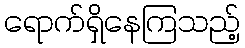
ရောက်ရှိနေကြသည့်